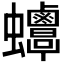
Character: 𧖋